Report on sanitation, dispensaries, and jails in Rajputana for 1913, and on vaccination for the year 1913-1914 - 1913-1914
Year: 1913
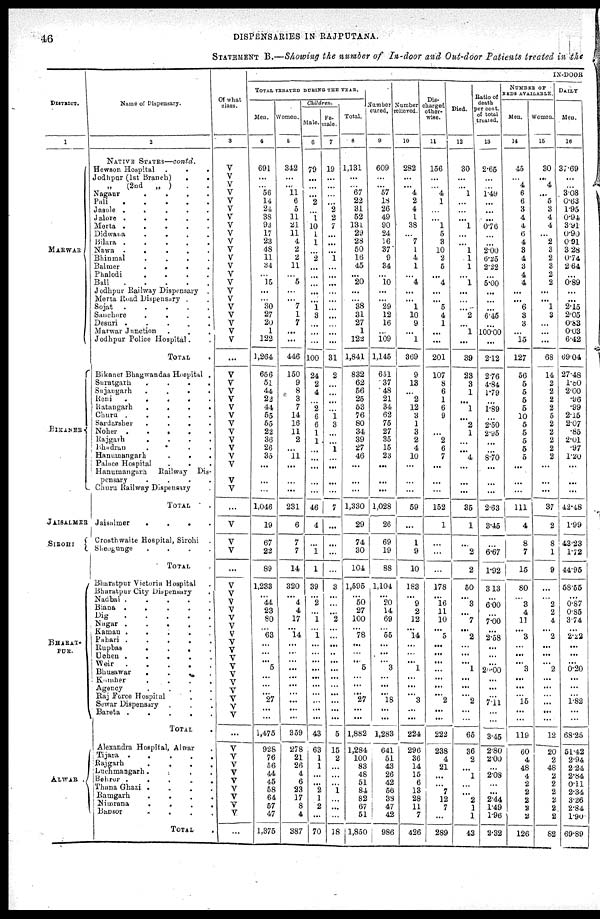
46
DISPENSARIES IN RAJPUTANA.
STATEMENT B.—Showing the number of In-door and Out-door Patients treated in the
DISTRICT.
1
MARWAR
BIKANER.
JAISALMER
SIROHI
BHARAT¬
PUR.
ALWAR
Name of Dispensary.
2
NATIVE STATES—contd.
Hewson Hospital . . .
Jodhpur (1st Branch)
.
.
„ (2nd
„ ) . .
Nagaur
.
.
.
.
Pali
.
.
.
.
.
Jasole .
.
.
. .
Jalore .
.
.
.
.
Merta .
.
.
.
.
Didwana
.
.
.
.
Bilara .
.
.
.
.
Nawa .
.
.
.
.
Bhinmal
.
.
.
.
Balmer
.
.
.
.
Phalodi
.
.
.
.
Bali
.
.
.
.
.
Jodhpur Railway Dispensary .
Merta Road Dispensary . .
Sojat
.
.
.
.
.
Sanchore
.
.
.
.
Desuri .
.
.
.
.
Marwar Junction . . .
Jodhpur Police Hospital . .
TOTAL .
Bikaner Bhagwandas Hospital .
Suratgarh
.
.
.
.
Sujangarh
.
.
.
.
Reni
.
.
.
.
Ratangarh
.
.
.
.
Churu .
.
.
.
.
Sardarsher
.
.
.
.
Noher
.
. . . .
Rajgarh
.
.
.
.
Bhadran
. . . .
Hanumangarh
.
.
.
Palace Hospital
.
. .
Hanumangarh
Railway Dis-
pensary
.
.
.
.
Churu Railway Dispensary .
TOTAL
.
Jaisalmer
.
.
.
.
Crosthwaite Hospital, Sirohi .
Sheogunge
.
.
.
.
TOTAL .
Bharatpur Victoria Hospital .
Bharatpur City Dispensary .
Nadbai .
.
.
.
.
Biana .
.
.
.
.
Dig
.
.
.
.
.
Nagar
. . . . .
Kaman . . . . .
Pahari
.....
Rupbas . . . .
Uchen .
.
. . .
Weir
.
.
.
.
.
Bhusawar . . . .
Kamher
.
.
.
.
Agency
. . . .
Raj Force Hospital . .
Sewar Dispensary
.
.
.
Bareta .
.
.
. .
TOTAL .
Alexandra Hospital, Alwar .
Tijara
.
.
.
.
.
Rajgarh
.
.
.
.
Luchmangarh .
.
. .
Behror
.
.
.
. .
Thana Ghazi .
.
.
.
Ramgarh
.
.
.
.
Nimrana
.
.
.
.
Bansor
.
.
.
.
TOTAL .
IN-DOOR
Of what
class.
3
V
V
V
V
V
V
V
V
V
V
V
V
V
V
V
V
V
V
V
V
V
V
...
V
V
V
V
V
V
V
V
V
V
V
V
V
V
...
V
V
V
...
v
V
V
V
V
V
V
V
V
V
V
V V
V
V
V
V
...
V
V
V
V
V
V
V
V
V
...
TOTAL TERATED DURING THE YEAR.
Men.
4
691
...
...
56
14
24
38
93
17
23
48
11
34
...
15
...
... 30
27
20
1
122
1,264
656
51
44
22
44
55
55
22
36
26
35
...
...
...
1,046
19
67
22
89
1,233
...
44
23
80
...
63
...
...
...
5
...
...
...
...
27
...
1,475
928
76
56
44
45
58
64
57
47
1,375
Women.
5
342
...
...
11
6
5
11
21
11
4
2
2
11
...
5
...
...
7
1
7
...
...
446
150
9
8
3
7
14
16
11
2
...
11
...
...
...
231
6
7
7
14
320
...
4
4
17
...
14
...
...
...
...
...
...
...
...
...
...
359
278
21
26
4
6
23
17
8
4
387
Children.
Male.
6
79
...
...
...
2
...
1
10
1
1
...
2
...
...
...
...
... 1
3
...
...
...
100
24
2
4
...
2
6
6
1
1
...
...
...
...
...
46
4
...
1
1
39
...
2
... 1
...
1
...
...
...
...
...
...
...
...
...
...
43
63
1
1
...
...
2
1
2
...
70
Fe¬
male.
7
19
...
...
...
...
2
2
7
...
...
...
1
...
...
...
...
...
...
...
...
...
...
31
2
...
...
...
...
1
3
...
...
1
...
...
...
...
7
...
...
...
...
3
...
...
...
2
...
...
...
...
..
...
...
...
...
...
...
...
5
15
2
...
...
...
1
...
...
...
18
Total.
8
1,131
...
...
67
22
31
52
131
29
28
50
16
45
...
20
...
... 38
31
27
1
122
1,841
832
62
56
25
53
76
80
34
39
27
46
...
...
...
1,330
29
74
30
104
1,595
...
50
27
100
...
78
...
...
...
5
...
...
...
...
27
...
1,882
1,284
100
83
48
51
84
82
67
51
1,850
Number
cured.
9
609
...
...
57
18
26
49
90
24
16
37
9
34
...
10
...
... 29
12
16
...
109
1,145
651
37
48
211
34
62
75
27
35
15
23
...
...
...
1,028
26
69
19
88
1,104
...
20
14
69
...
55
...
...
...
3
...
...
...
...
18
...
1,283
641
51
43
26
42
56
38
47
42
986
Number
relieved.
10
282
...
...
4
2
4
1
38
...
7
1
4
1
...
4
...
... 1
10
9
...
1
369
9
13
...
2
12
3
1
3
2
4
10
...
...
...
59
...
1
9
10
183
...
9
2
12
...
14
...
...
...
1
...
...
...
...
3
...
224
296
36
14
15
6
13
28
11
7
426
Dis-
charged
other-
wise.
11
156
...
...
4
1
...
...
1
5
3
10
2
5
...
4
...
... 5
4
1
...
...
201
107
8
6
1
6
9
...
...
2
6
7
...
...
...
152
1
...
...
...
178
...
16
11
10
...
5 ...
...
...
...
...
...
...
...
2
...
222
238
4
21
...
...
7
12
7
...
289
Died.
12
30
...
...
1
...
...
...
1
...
...
1
1
1
...
1
...
...
...
2
...
1
...
39
23
3
1
...
1
...
2
1
...
...
4
...
...
...
35
1
...
2
2
...
...
3
...
7
...
2 ...
...
...
1 ...
...
...
...
2
...
65
36
2
...
1
...
...
2
1
1
43
Ratio of
death
per cent.
of total
treated.
13
2.65
...
...
1.49
...
...
...
0.76
...
...
2.00
6.25
2.22
...
5.00
...
...
...
6.45
...
100.00
...
2.12
2.76
4.84
1.79
...
1.89
...
2.50
2.95
...
...
8.70
...
...
...
263
3.45
...
6.67
1.92
...
3.13
6.00
... 7.00
...
2.58
...
...
...
20.00 ...
...
...
...
7.11
...
3.45
2.80
2.00
...
2.08
...
...
2.44
1.49
1.96
2.32
NUMBER OF
BEDS AVAILABLE
Men.
14
45
... 4
6
6
3
4
4
6
4
3
4
3
4
4
...
... 6
3
3
...
15
127
56
5
5
5
5
10
5
5
5
5
5
...
...
...
111
4
8
7
15
...
80
3
...
11
...
3 ...
...
...
3
...
...
...
...
15
...
119
60
4
48
4
2
2
2
2
2
126
Women.
15
30
...
4
...
5
3
4
4
...
2
3
2
3
2
2
...
... 1
3
...
...
...
68
14
2
2
2
2
5
2
2
2
2
2
...
...
...
37
2
8
1
9
...
...
2
2
4
...
2 ...
...
...
2
...
...
...
...
...
...
12
20
2
48
2
2
2
2
2
2
82
DAILY
Men.
16
37.69
...
...
3.08
0.63
1.95
0.94
3.91
0.90
0.91
3.28
0.74
2.64
...
0.89
...
...
2.15
2.05
0.83
0.03
6.42
69.04
27.48
1.00
2.00
.96
.99
2.15
2.07
.85
2.01
.97
1.20
...
...
...
42.48
1.99
43.23
1.72
44.95
...
...
0.87
0.85
3.74
...
2.22
...
...
...
0.20
...
...
...
...
1.82
...
68.25
51.42
2.94
2.24
2.84
0.11
2.34
3.26
2.84
1.90
69.89